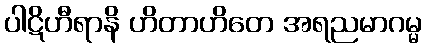
ပါဋိဟီရာနိ ဟိတာဟိတေ အရညမာဂမ္မ